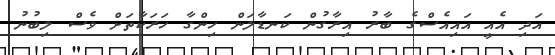
އަދި އެއީ އައިއެސްގެ ބާާރު އިރާގުން ކަނޑާލަން ހިންގާ ހަރަކާތަށް ވެސް ލިބުނު